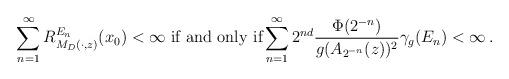
LaTeX: \begin{align*}\sum_{n=1}^{\infty}R^{E_n}_{M_D(\cdot, z)}(x_0)<\infty \textrm{ if and only if}\sum_{n=1}^{\infty}2^{nd}\frac{\Phi(2^{-n})}{g(A_{2^{-n}}(z))^2} \gamma_{g}(E_n)<\infty\, .\end{align*}